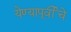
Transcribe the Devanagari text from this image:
येण्यापूर्वीचे